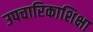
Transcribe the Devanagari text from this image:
उपचारिकाशिक्षा